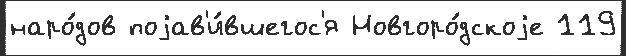
наро́дов поjав'и́вшегос'я Новгоро́дскоjе 119